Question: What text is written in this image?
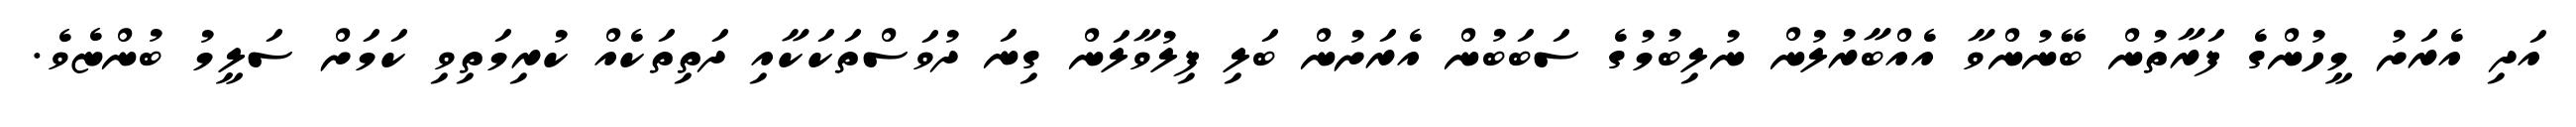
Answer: އަދި އެރަށު މީހުންގެ ފަރާތުން ބޭނުންވާ އެއްބާރުލުން ނުލިބުމުގެ ސަބަބުން އެރަށުން ބަލި ފިލުވާލަން ގިނަ ދުވަސްތަކަކާއި ދަތިތަކެއް ކުރިމަތިވި ކަމަށް ސަލީމު ބުންޏެވެ.